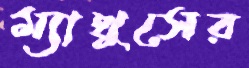
ম্যাথুসের